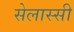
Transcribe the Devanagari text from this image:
सेलास्सी